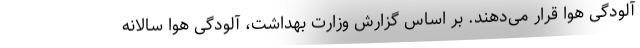
آلودگی هوا قرار می‌دهند. بر اساس گزارش وزارت بهداشت، آلودگی هوا سالانه